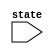
`timescale 1ns / 1ps
//////////////////////////////////////////////////////////////////////////////////
// Company: 
// Engineer: 
// 
// Design Name: 
// Module Name: SSD_test
// Project Name: 
// Target Devices: 
// Tool Versions: 
// Description: 
// 
// Dependencies: 
// 
// Revision:
// Revision 0.01 - File Created
// Additional Comments:
// 
//////////////////////////////////////////////////////////////////////////////////


module SSD_test(
    input [1:0] state
    );
    reg SSD_A,SSD_B,SSD_C,SSD_D,SSD_E;
endmodule